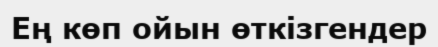
Ең көп ойын өткізгендер